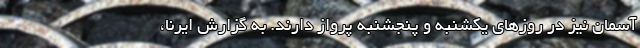
آسمان نیز در روزهای یکشنبه و پنجشنبه پرواز دارند. به گزارش ایرنا،